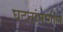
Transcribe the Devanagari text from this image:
घटनांमागील